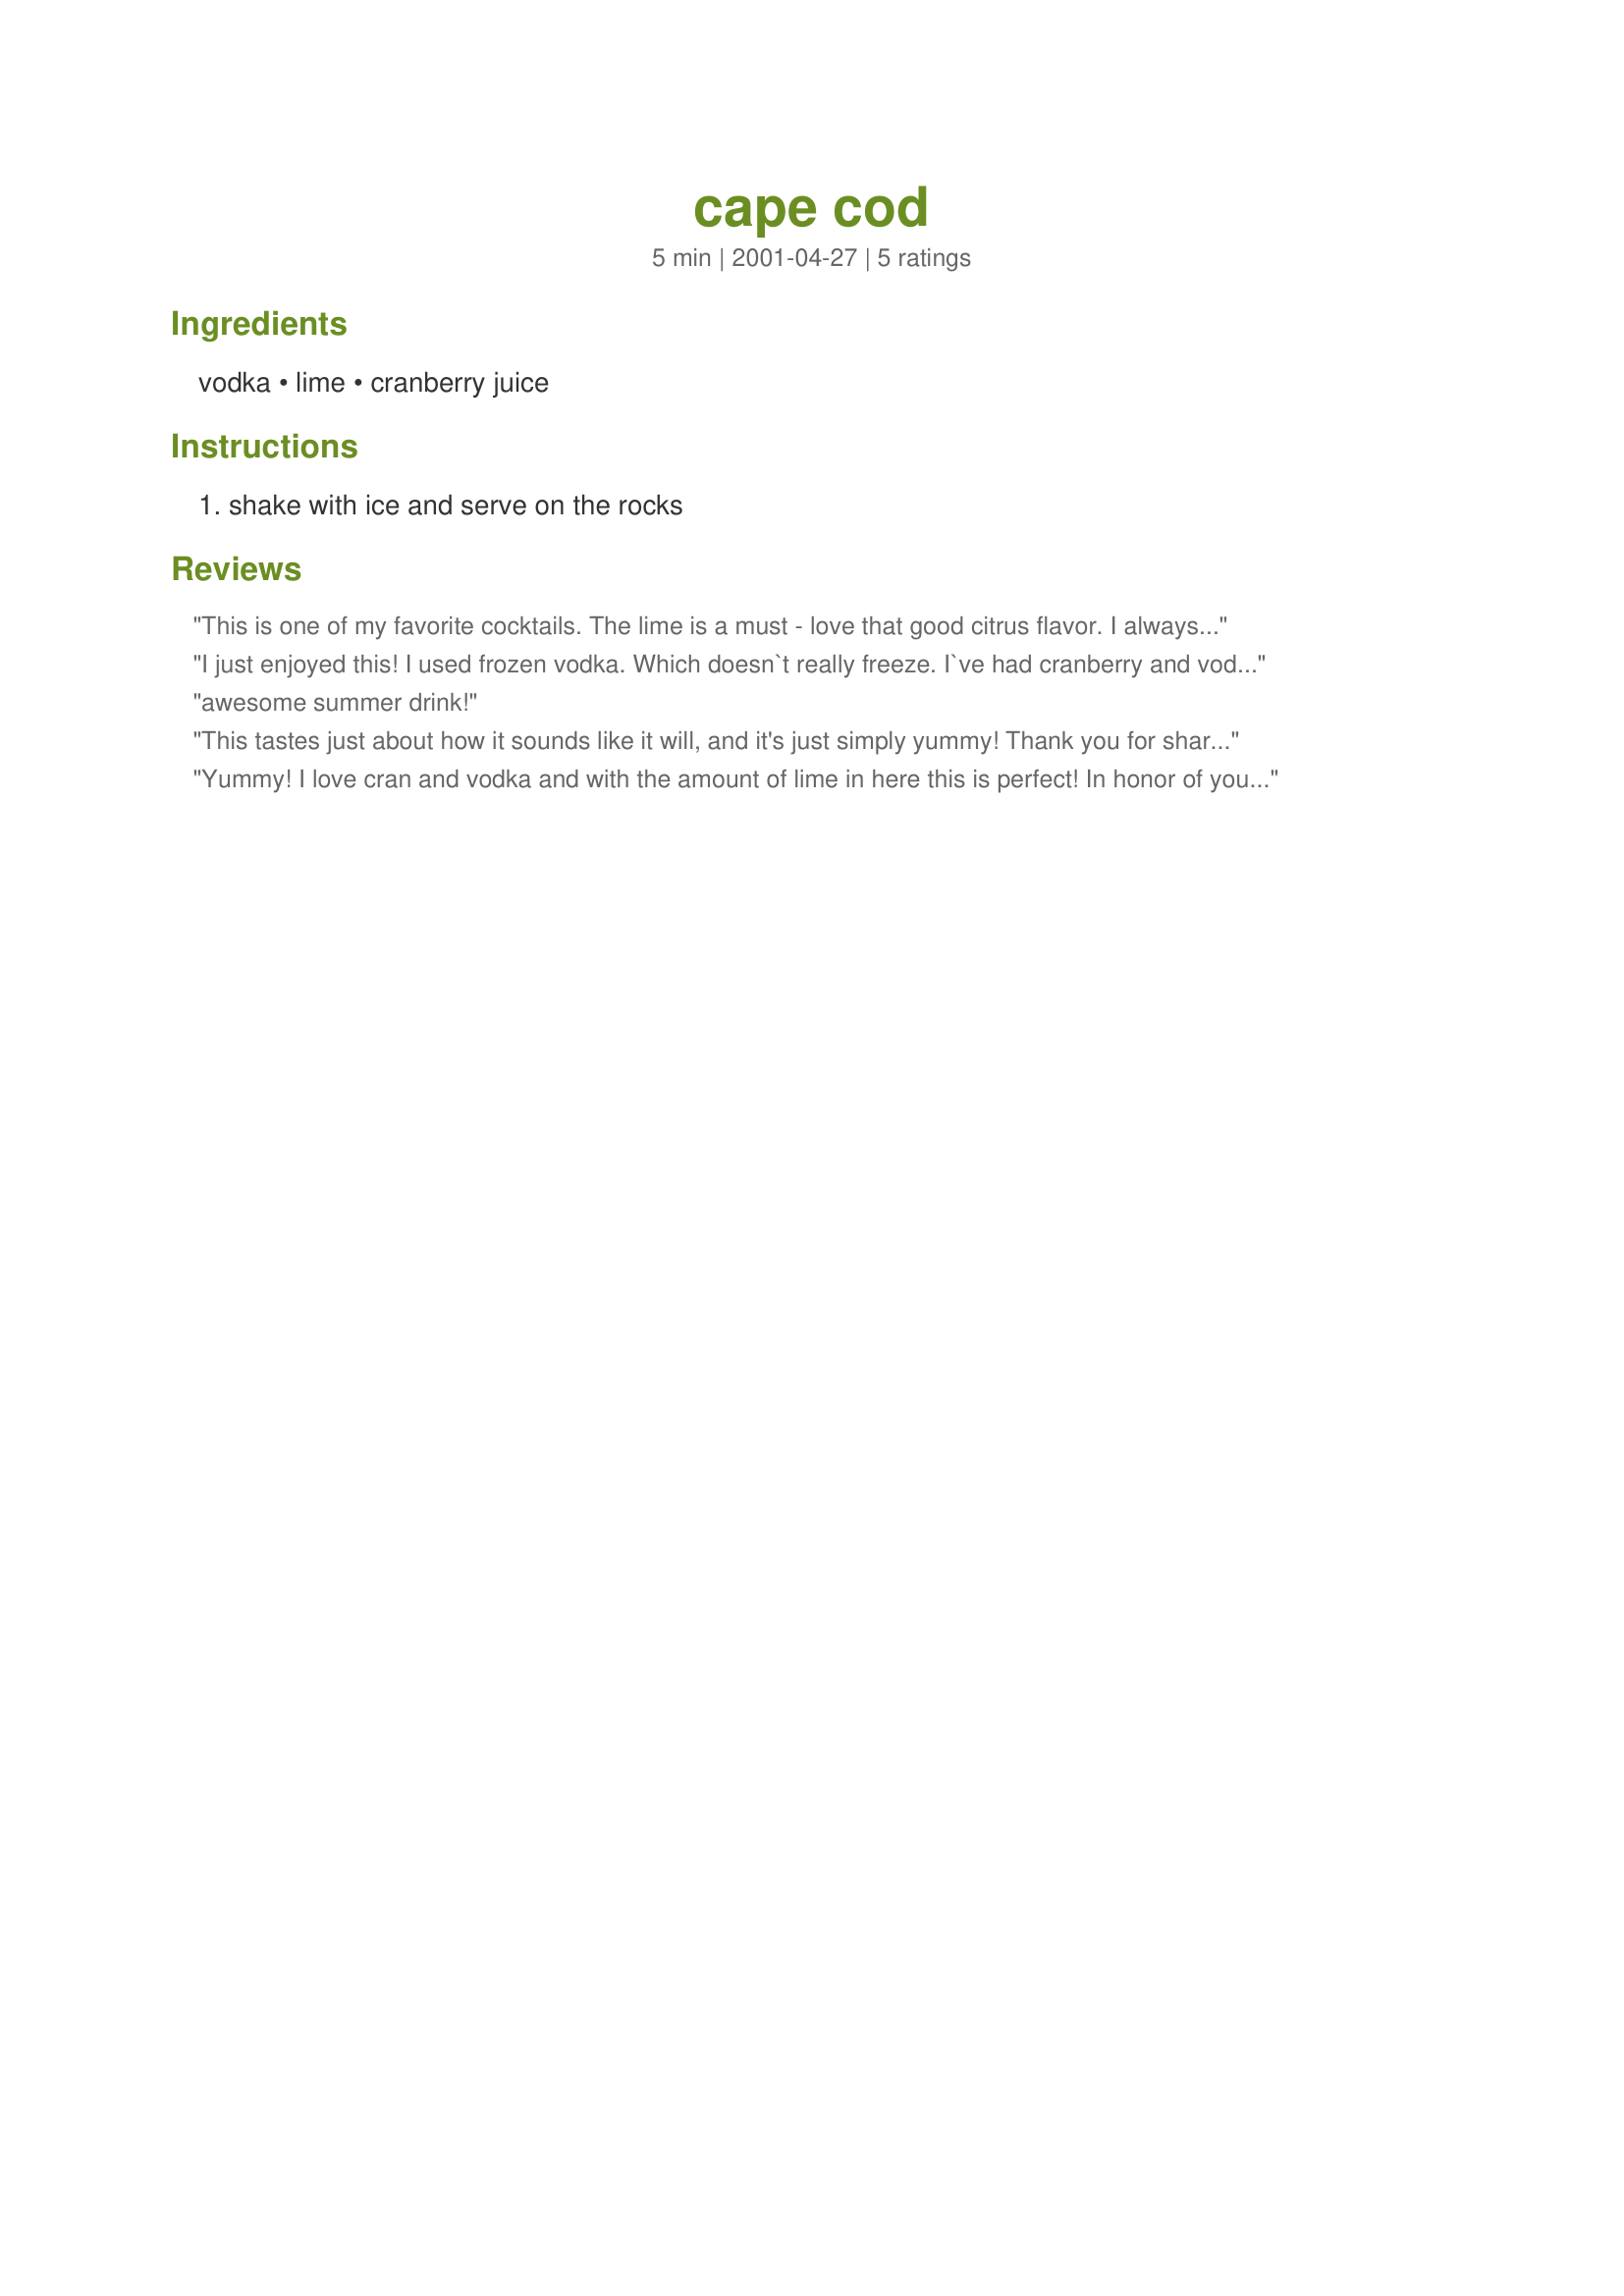
cape cod
Preparation time: 5 minutes

Ingredients:
vodka, lime, cranberry juice

Steps:
shake with ice and serve on the rocks

Reviews:
This is one of my favorite cocktails. The lime is a must - love that good citrus flavor. I always seem to order these most when I'm in a casino, lol. :)
I just enjoyed this! I used frozen vodka. Which doesn`t really freeze. I`ve had cranberry and vodka but never added 1/2 a lime. Great addition!Good Stuff!
awesome summer drink!
This tastes just about how it sounds like it will, and it's just simply yummy! Thank you for sharing the recipe!
Yummy! I love cran and vodka and with the amount of lime in here this is perfect! In honor of your bday Gay- Hope it was as wonderful as you are! Thanks for sharing this awesome recipe!
